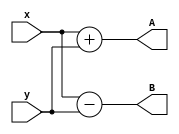
module top
(
    input [3:0] x,
    input [3:0] y,

    output [3:0] A,
    output [3:0] B
);

    assign A =  x + y;
    assign B =  x - y;
endmodule